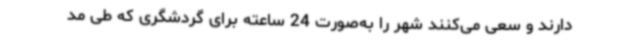
دارند و سعی می‌کنند شهر را به‌صورت 24 ساعته برای گردشگری که طی مد